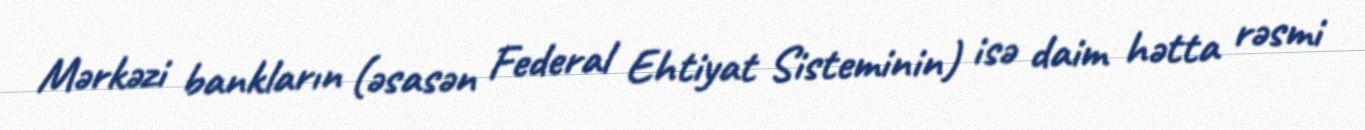
Mərkəzi bankların (əsasən Federal Ehtiyat Sisteminin) isə daim hətta rəsmi